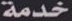
خدمة